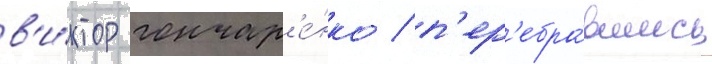
в'и́ктор гончар'е́нко / п'ер'ебра́вшись